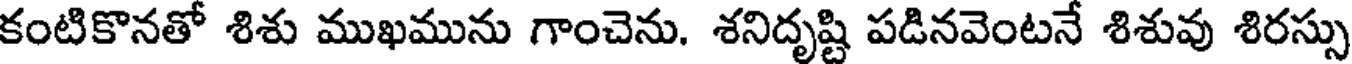
కంటికొనతో శిశు ముఖమును గాంచెను. శనిదృష్టి పడినవెంటనే శిశువు శిరస్సు